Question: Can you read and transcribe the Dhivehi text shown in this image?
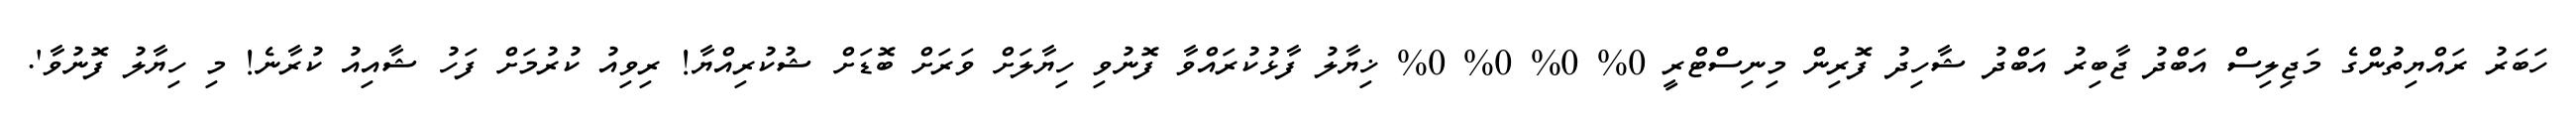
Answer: ހަބަރު ރައްޔިތުންގެ މަޖިލިސް އަބްދު ޖާބިރު އަބްދު ޝާހިދު ފޮރިން މިނިސްޓްރީ 0% 0% 0% 0% ޚިޔާލު ފާޅުކުރައްވާ ފޮނުވި ހިޔާލަށް ވަރަށް ބޮޑަށް ޝުކުރިއްޔާ! ރިވިއު ކުރުމަށް ފަހު ޝާއިއު ކުރާނެ! މި ހިޔާލު ފޮނުވާ'.